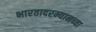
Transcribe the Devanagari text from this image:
भारतादरम्यानच्या